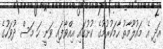
އަދި އެ މައުލޫމާތު ހާމަކުރުމުގެ ކުށުގައި އިއްވާފައި ވަނީ ހަ މަސް ދުވަހުގެ